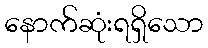
နောက်ဆုံးရရှိသော